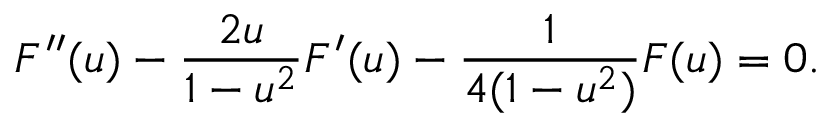
F ^ { \prime \prime } ( u ) - \frac { 2 u } { 1 - u ^ { 2 } } F ^ { \prime } ( u ) - \frac { 1 } { 4 ( 1 - u ^ { 2 } ) } F ( u ) = 0 .